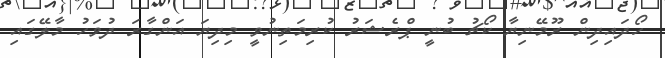
ހޯދައިދިން ރޫމޭނިޔާ ކޯޗު ބުނީ ޕްރެޝަރު ކުރިމަތިނުވީ މިދިޔަ އަންގާރަ ދުވަހު މާލޭގައި